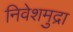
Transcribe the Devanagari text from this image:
निवेशमुद्रा